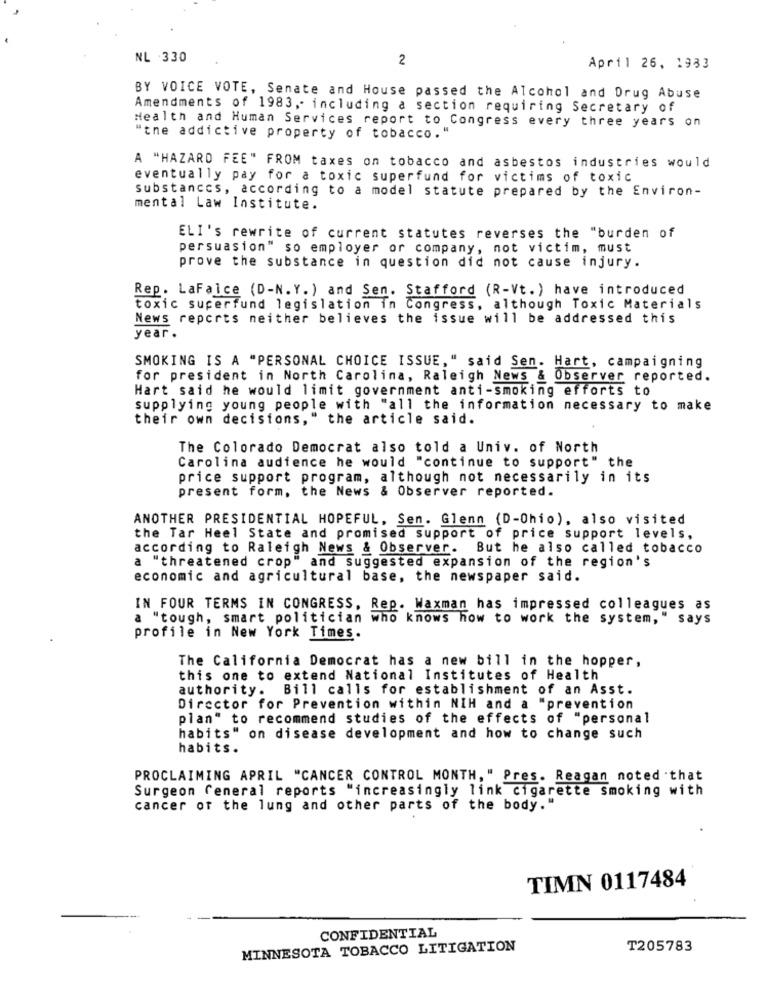
NL 330
2
April 26, 1983
BY VOICE VOTE, Senate and House passed the Alcohol and Drug Abuse
Amendments of 1983, including a section requiring Secretary of
Health and Human Services report to Congress every three years on
"the addictive property of tobacco. "
A "HAZARD FEE" FROM taxes on tobacco and asbestos industries would
eventually pay for a toxic superfund for victims of toxic
substances, according to a model statute prepared by the Environ-
mental Law Institute.
ELI's rewrite of current statutes reverses the "burden of
persuasion" so employer or company, not victim, must
prove the substance in question did not cause injury.
Rep. LaFalce (D-N.Y.) and Sen. Stafford (R-Vt.) have introduced
toxic superfund legislation in Congress, although Toxic Materials
News reports neither believes the issue will be addressed this
year.
SMOKING IS A "PERSONAL CHOICE ISSUE," said Sen. Hart, campaigning
for president in North Carolina, Raleigh News & Observer reported.
Hart said he would limit government anti-smoking efforts to
supplying young people with "all the information necessary to make
their own decisions, " the article said.
The Colorado Democrat also told a Univ. of North
Carolina audience he would "continue to support" the
price support program, although not necessarily in its
present form, the News & Observer reported.
ANOTHER PRESIDENTIAL HOPEFUL, Sen. Glenn (D-Ohio), also visited
the Tar Heel State and promised support of price support levels,
according to Raleigh News & Observer. But he also called tobacco
a "threatened crop" and suggested expansion of the region's
economic and agricultural base, the newspaper said.
IN FOUR TERMS IN CONGRESS, Rep. Waxman has impressed colleagues as
a "tough, smart politician who knows how to work the system, " says
profile in New York Times.
The California Democrat has a new bill in the hopper,
this one to extend National Institutes of Health
authority. Bill calls for establishment of an Asst.
Director for Prevention within NIH and a "prevention
plan" to recommend studies of the effects of "personal
habits" on disease development and how to change such
habits.
PROCLAIMING APRIL "CANCER CONTROL MONTH," Pres. Reagan noted that
Surgeon General reports "increasingly link cigarette smoking with
cancer of the lung and other parts of the body."
TIMN 0117484
CONFIDENTIAL
MINNESOTA TOBACCO LITIGATION
T205783